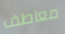
معاطف